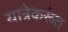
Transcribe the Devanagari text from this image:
यात्रेकरूंत